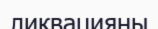
ликвацияны